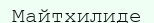
Майтхилиде